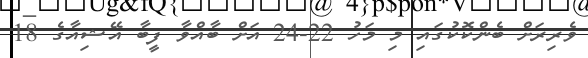
ވެރިރަށް ބެންކޮކުގައި މި މަހު 22-24 އަށް ބާއްވާ ފީބާ އޭޝިއާގެ 18